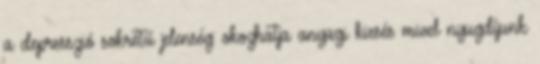
a depresszió sokrétű jelenség: okozhatja anyagi kiesés mivel nyugdíjunk